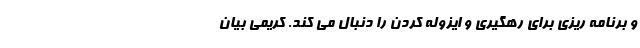
و برنامه ریزی برای رهگیری و ایزوله کردن را دنبال می کند. کریمی بیان